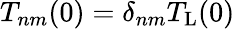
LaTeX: T_{nm}(0)=\delta_{nm}T_{\mathrm{L}}(0)